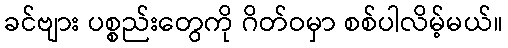
ခင်ဗျား ပစ္စည်းတွေကို ဂိတ်ဝမှာ စစ်ပါလိမ့်မယ်။